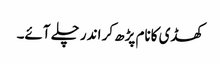
کھڈی کانام پڑھ کر اندر چلے آئے۔